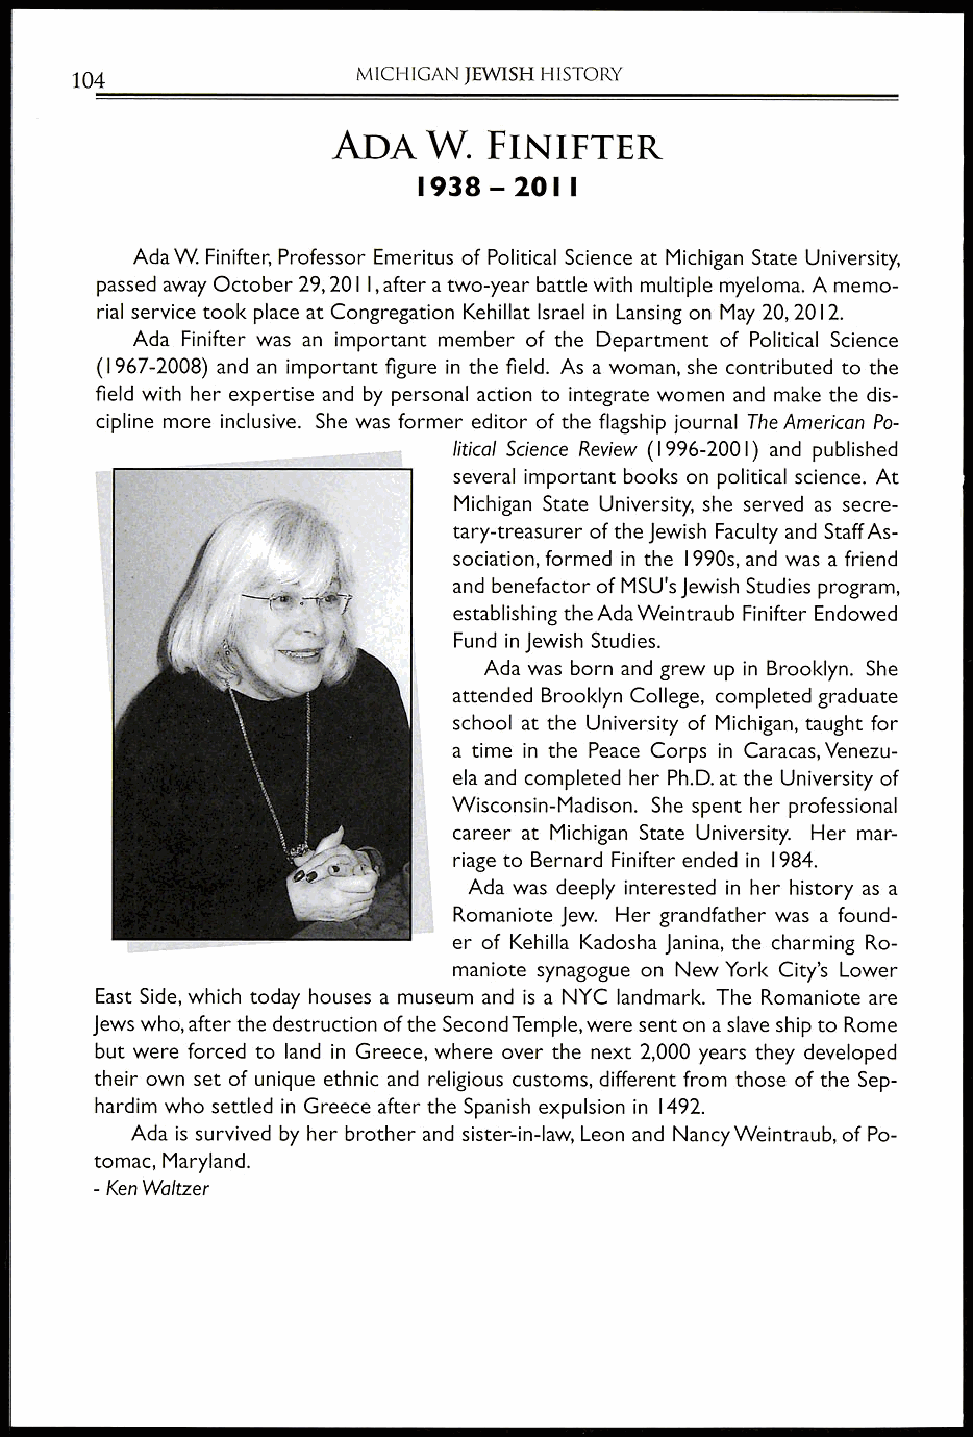
MICHIGAN JEWISH HISTORY
 104
 ADA   W.  FINIFTER
 1938 - 2011
 Ada W. Finifter, Professor Emeritus of Political Science at Michigan State University,
 passed away October 29, 2011, after a two-year battle with multiple myeloma. A memo-
 rial service took place at Congregation Kehillat Israel in Lansing on May 20, 2012.
 Ada Finifter was an important member of the Department of Political Science
 (I 967-2008) and an important figure in the field. As a woman, she contributed to the
 field with her expertise and by personal action to integrate women and make the dis-
 cipline more inclusive. She was former editor of the flagship journal The American Po-
 litical Science Review (I 996-200 I) and published
 several important books on political science. At
 Michigan State University, she served as secre-
 tary-treasurer of the Jewish Faculty and Staff As-
 sociation, formed in the 1990s, and was a friend
 and benefactor of MSU's Jewish Studies program,
 establishing the Ada Weintraub Finifter Endowed
 Fund in Jewish Studies.
 Ada was born and grew up in Brooklyn. She
 attended Brooklyn College, completed graduate
 school at the University of Michigan, taught for
 a time in the Peace Corps in Caracas, Venezu-
 ela and completed her Ph.D. at the University of
 Wisconsin-Madison. She spent her professional
 career at Michigan State University. Her mar-
 riage to Bernard Finifter ended in 1984.
 Ada was deeply interested in her history as a
 Romaniote Jew. Her grandfather was a found-
 er of Kehilla Kadosha Janina, the charming Ro-
 maniote synagogue on New York City's Lower
 East Side, which today houses a museum and is a NYC landmark. The Romaniote are
 Jews who, after the destruction of the Second Temple, were sent on a slave ship to Rome
 but were forced to land in Greece, where over the next 2,000 years they developed
 their own set of unique ethnic and religious customs, different from those of the Sep-
 hardim who settled in Greece after the Spanish expulsion in 1492.
 Ada is survived by her brother and sister-in-law, Leon and Nancy Weintraub, of Po-
 tomac, Maryland.
 - Ken Waltzer